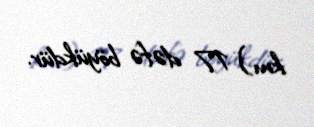
km) 17 dəfə böyükdür.